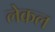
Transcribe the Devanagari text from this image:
लेकल